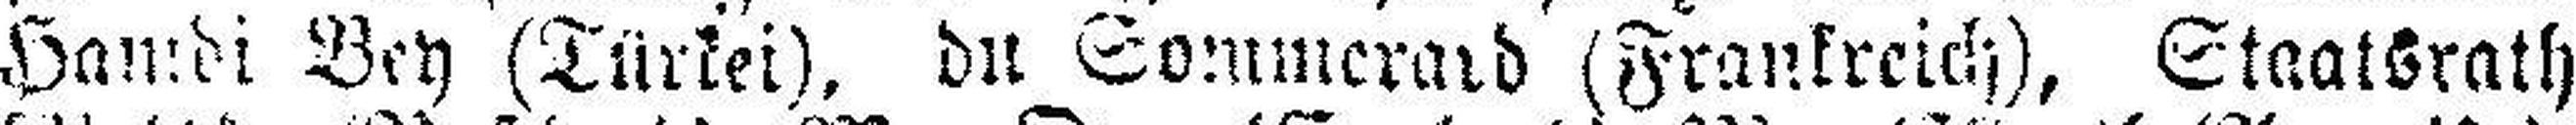
Hamdi Bey (Türkei), du Sommerard (Frankreich), Staatsrath